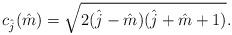
LaTeX: \begin{align*}c_{\hat{j}}(\hat{m})=\sqrt{2(\hat{j}-\hat{m})(\hat{j}+\hat{m}+1)}.\end{align*}